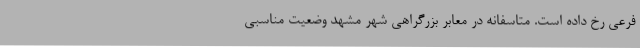
فرعی رخ داده است. متاسفانه در معابر بزرگراهی شهر مشهد وضعیت مناسبی